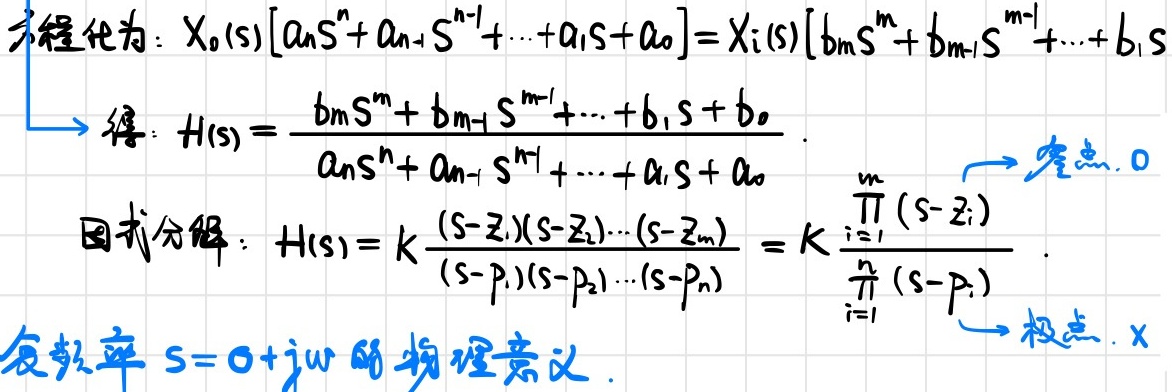
方程化为：
\[X_{0}(s)[a_{n}s^{n}+a_{n - 1}s^{n - 1}+\cdots + a_{1}s + a_{0}]=X_{i}(s)[b_{m}s^{m}+b_{m - 1}s^{m - 1}+\cdots + b_{1}s + b_{0}]\]
\(\Longrightarrow\) 得：
\[H(s)=\frac{b_{m}s^{m}+b_{m - 1}s^{m - 1}+\cdots + b_{1}s + b_{0}}{a_{n}s^{n}+a_{n - 1}s^{n - 1}+\cdots + a_{1}s + a_{0}}.\]
因式分解：
\[H(s)=k\frac{(s - z_{1})(s - z_{2})\cdots(s - z_{m})}{(s - p_{1})(s - p_{2})\cdots(s - p_{n})}=k\frac{\prod_{i = 1}^{m}(s - z_{i})}{\prod_{i = 1}^{n}(s - p_{i})}.\]

\(\overset{\text{零点.}0}{\swarrow}\) \(\overset{\text{极点.}x}{\searrow}\)

复频率 \(s = \sigma + j\omega\) 的物理意义.